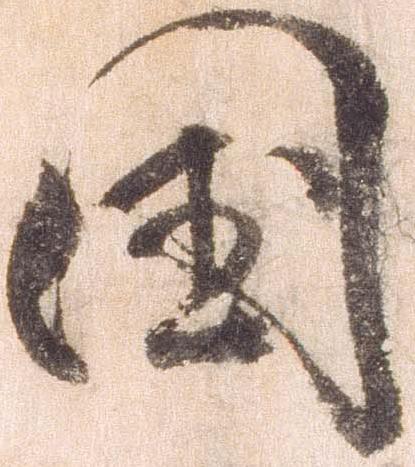
国